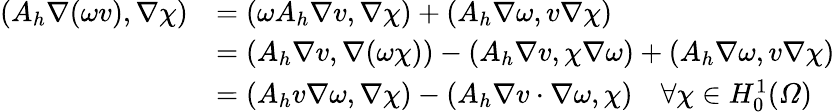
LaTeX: \begin{array}{rl}{(A_{h}\nabla(\omega v),\nabla\chi)}&{=(\omega A_{h}\nabla v,\nabla\chi)+(A_{h}\nabla\omega,v\nabla\chi)}\\ &{=(A_{h}\nabla v,\nabla(\omega\chi))-(A_{h}\nabla v,\chi\nabla\omega)+(A_{h}\nabla\omega,v\nabla\chi)}\\ &{=(A_{h}v\nabla\omega,\nabla\chi)-(A_{h}\nabla v\cdot\nabla\omega,\chi)\quad\forall\chi\in H_{0}^{1}(\varOmega)}\end{array}